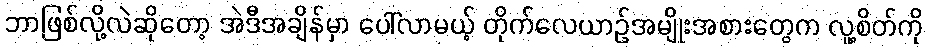
ဘာဖြစ်လို့လဲဆိုတော့ အဲဒီအချိန်မှာ ပေါ်လာမယ့် တိုက်လေယာဉ်အမျိုးအစားတွေက လူ့စိတ်ကို